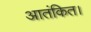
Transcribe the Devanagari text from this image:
आतंकित।